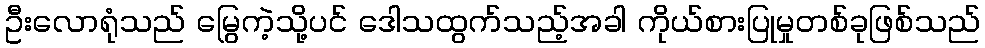
ဦးလောရုံသည် မြွေကဲ့သို့ပင် ဒေါသထွက်သည့်အခါ ကိုယ်စားပြုမှုတစ်ခုဖြစ်သည်